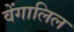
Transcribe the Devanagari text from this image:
वेंगालिल